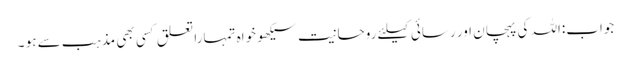
جواب:اللہ کی پہچان اور رسائی کیلئے روحانیت سیکھو خواہ تمہارا تعلق کسی بھی مذہب سے ہو ۔